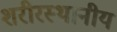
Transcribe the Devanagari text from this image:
शरीरस्थानीय